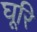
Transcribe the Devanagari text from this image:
घूरि